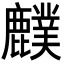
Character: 𪋡